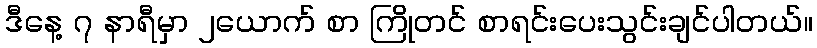
ဒီနေ့ ၇ နာရီမှာ ၂ယောက် စာ ကြိုတင် စာရင်းပေးသွင်းချင်ပါတယ်။